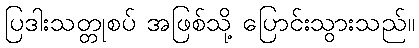
ပြဒါးသတ္တုစပ် အဖြစ်သို့ ပြောင်းသွားသည်။